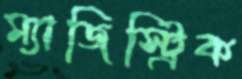
ম্যাজিস্ট্রিক